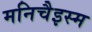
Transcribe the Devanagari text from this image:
मनिचैइस्म